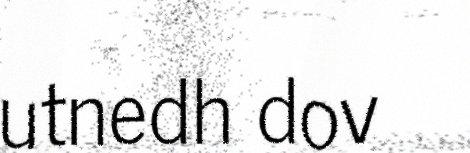
utnedh dov